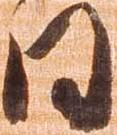
日